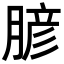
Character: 𦞎